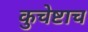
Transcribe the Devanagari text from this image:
कुचेष्टाच